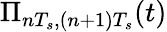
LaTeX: \Pi_{nT_{s},(n+1)T_{s}}(t)